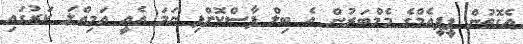
އެގޮތުން ޕީޕީއެމްގެ މެމްބަރުން އެ ބިލް ފާސްކޮށްފި ނަމަ އެއީ އަމިއްލަ ކަރުގައި